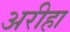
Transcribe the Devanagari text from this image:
अरीहा